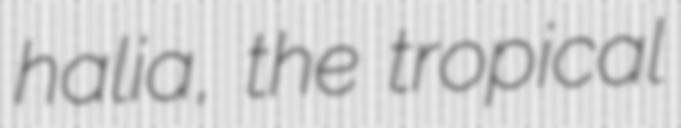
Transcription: halia, the tropical